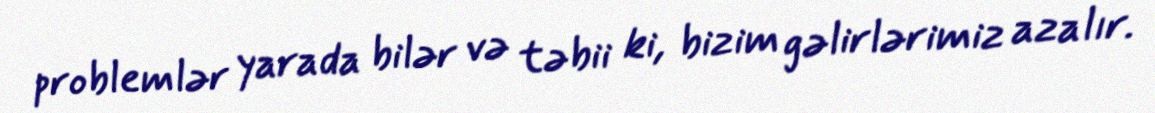
problemlər yarada bilər və təbii ki, bizim gəlirlərimiz azalır.